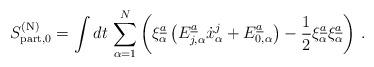
LaTeX: \begin{align*}S^{({\rm N})}_{{\rm part},0} = \int dt\, \sum\limits^{N}_{\alpha=1} \left( \xi^{\underline{a}}_{\alpha} \left( E^{\underline{a}}_{j,\alpha} \dot{x}^{j}_{\alpha} + E^{\underline{a}}_{0,\alpha} \right) - {1\over 2} \xi^{\underline{a}}_{\alpha} \xi^{\underline{a}}_{\alpha} \right)\, .\end{align*}